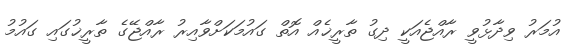
އުމަރު ވިދާޅުވީ ރާއްޖެއަކީ ދިގު ތާރީޚެއް އޮތް ގައުމަކަށްވާއިރު ރާއްޖޭގެ ތާރީޚުގައި ގައުމު